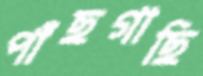
পাঁছগাছি